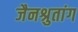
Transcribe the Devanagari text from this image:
जैनश्रुतांग